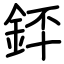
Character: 銔